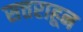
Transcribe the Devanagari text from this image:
सत्तराहून